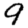
Digit: 9